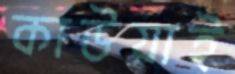
কাউয়াই